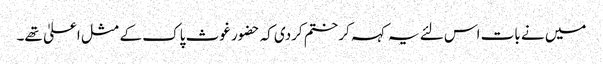
میں نے بات اس لئے یہ کہہ کر ختم کردی کہ حضور غوث پاک کے مثل اعلیٰ تھے۔